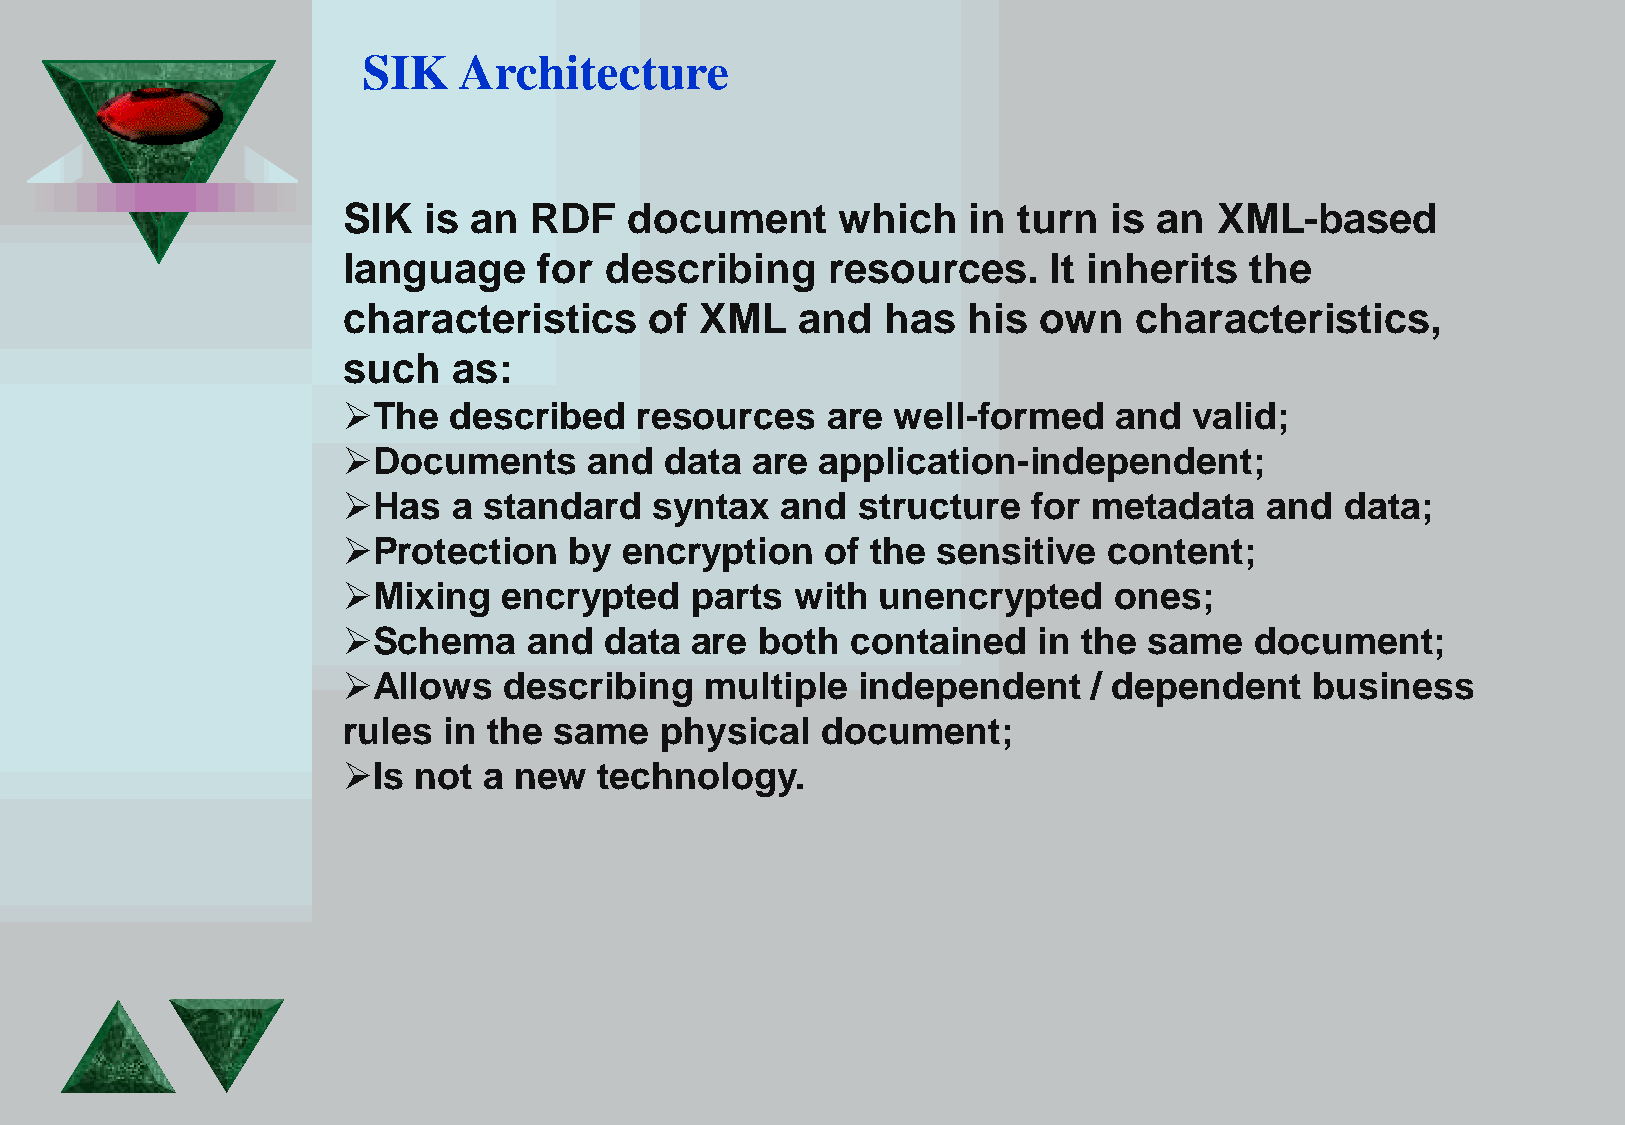
SIK   Architecture
 SIK  is an  RDF    document      which   in turn   is an  XML-based
 language     for describing     resources.     It inherits  the
 characteristics     of XML    and   has  his  own   characteristics,
 such   as:
 The   described   resources    are well-formed    and  valid;
 Documents      and  data  are application-independent;
 Has   a standard   syntax   and  structure  for metadata    and  data;
 Protection    by encryption    of the sensitive  content;
 Mixing   encrypted    parts  with unencrypted     ones;
 Schema     and  data  are both  contained    in the same   document;
 Allows   describing    multiple  independent    / dependent    business
 rules in the  same   physical  document;
 Is not  a new   technology.